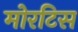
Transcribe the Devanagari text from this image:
मोरटिस